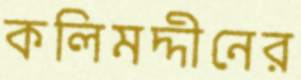
কলিমদ্দীনের